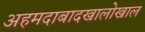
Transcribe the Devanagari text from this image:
अहमदाबादखालोखाल